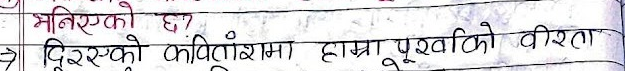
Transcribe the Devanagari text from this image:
भनिएको छ ?
दिरस्को कवितांश) हाम्रा पुर्खोको वीरता